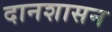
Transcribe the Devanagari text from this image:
दानशासन